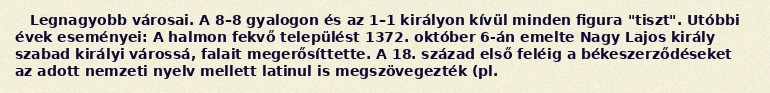
Legnagyobb városai. A 8–8 gyalogon és az 1–1 királyon kívül minden figura "tiszt". Utóbbi évek eseményei: A halmon fekvő települést 1372. október 6-án emelte Nagy Lajos király szabad királyi várossá, falait megerősíttette. A 18. század első feléig a békeszerződéseket az adott nemzeti nyelv mellett latinul is megszövegezték (pl.